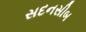
સદનસીબ